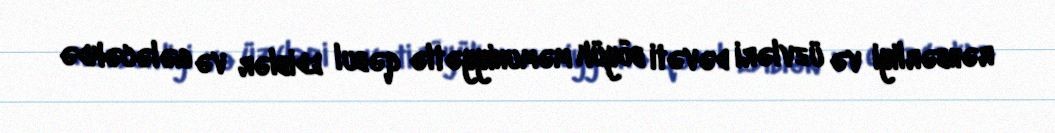
rəhbərliyi və üzvləri dəvəti böyük məmuniyyətlə qəbul ediblər və gələcəkdə